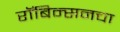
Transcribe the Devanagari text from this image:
रॉबिन्सनचा